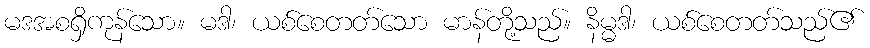
မဒအစရှိကုန်သော။ မဒါ၊ ယစ်စေတတ်သော မာန်တို့သည်။ နိမ္မဒါ၊ ယစ်စေတတ်သည်၏